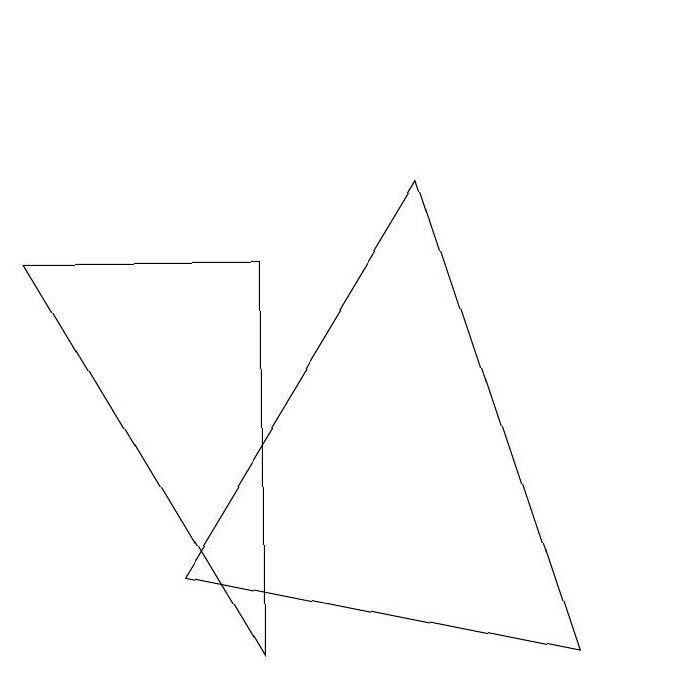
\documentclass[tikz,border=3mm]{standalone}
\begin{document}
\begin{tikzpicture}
\draw (10,10) circle (0);
\draw (9,2) -- (4,3) -- (7,8) -- cycle;
\draw (2,7) -- (5,7) -- (5,2) -- cycle;
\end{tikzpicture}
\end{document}